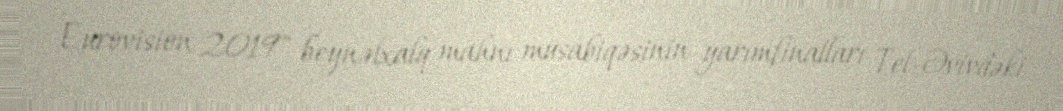
Eurovision 2019" beynəlxalq mahnı müsabiqəsinin yarımfinalları Tel-Əvivdəki